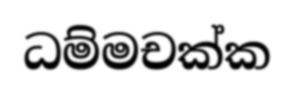
ධම්මචක්ක